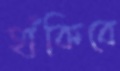
হাঁকিবে